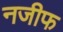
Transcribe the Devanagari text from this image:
नजीफ